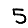
Digit: 5